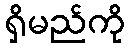
ရှိမည်ကို